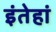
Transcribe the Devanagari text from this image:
इंतेहां